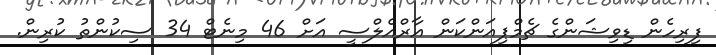
ފިރިހެން ޑިވިޝަންގެ ޗެމްޕިއަންކަން އާރްއެލްސީ އަށް 46 މިނެޓް 34 ސިކުންތު ކުރިން.